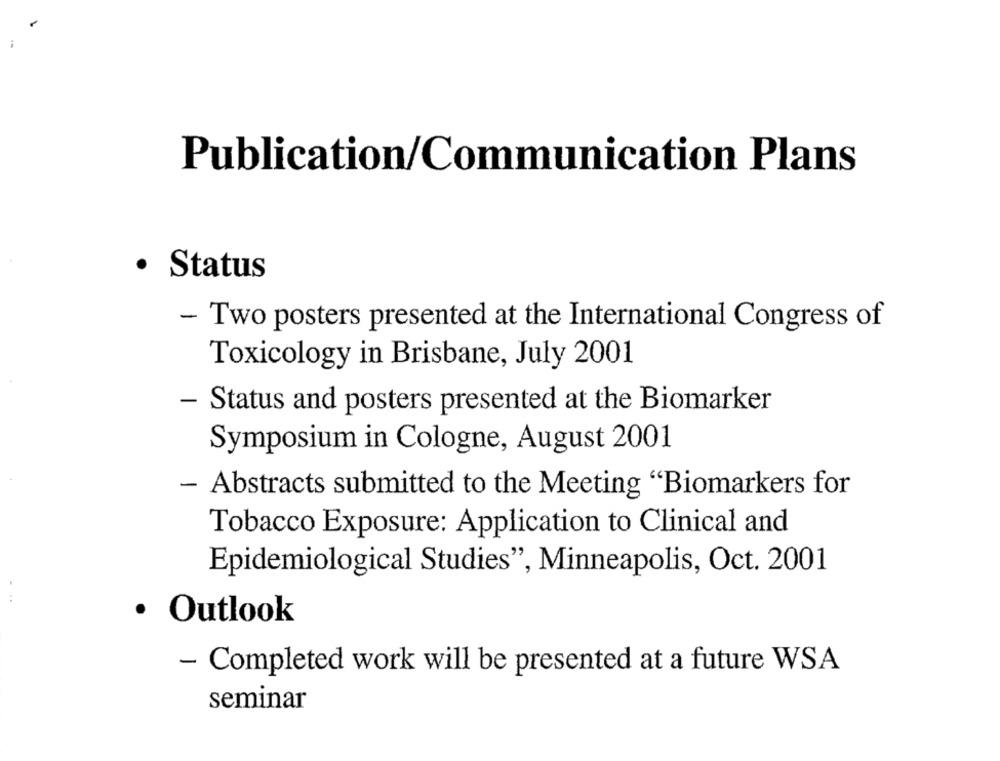
Publication/Communication Plans
· Status
- Two posters presented at the International Congress of
Toxicology in Brisbane, July 2001
- Status and posters presented at the Biomarker
Symposium in Cologne, August 2001
- Abstracts submitted to the Meeting "Biomarkers for
Tobacco Exposure: Application to Clinical and
Epidemiological Studies", Minneapolis, Oct. 2001
· Outlook
- Completed work will be presented at a future WSA
seminar